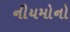
નીયમોનો